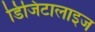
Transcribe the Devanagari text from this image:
डिजिटालाइज